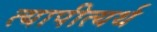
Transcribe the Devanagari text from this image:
त्यापीत्यर्थ